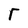
Character: T